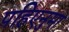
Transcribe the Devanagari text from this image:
पहिएनुमा